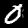
Label: 0